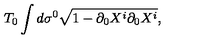
T _ { 0 } \int d \sigma ^ { 0 } \sqrt { 1 - \partial _ { 0 } X ^ { i } \partial _ { 0 } X ^ { i } } ,